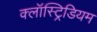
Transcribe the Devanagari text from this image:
क्लॉस्ट्रिडियम